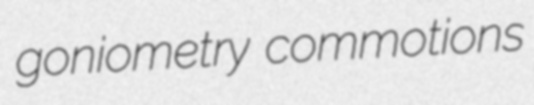
goniometry commotions